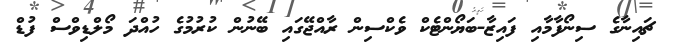
ޗައިނާގެ ސިނޯފާމާއި ފައިޒާ-ބަޔޯންޓެކް ވެކްސިން ރާއްޖޭގައި ބޭނުން ކުރުމުގެ ހުއްދަ މޯލްޑިވްސް ފުޑް